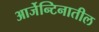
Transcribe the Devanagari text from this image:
आर्जेन्टिनातील